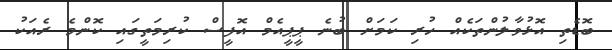
ބޮޑެތި އޮޅުވާލުންތަކެއް ހުރި ކަމަށް ބުނެ ޕީޕީއެމް އޮފީސް ކުރިމަތީގައި ކޮންމެ ރެއަކު